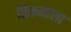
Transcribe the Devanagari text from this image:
तिरूमाला